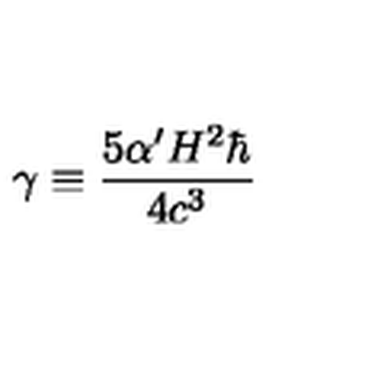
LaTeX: \gamma \equiv \frac { 5 \alpha ^ { \prime } H ^ { 2 } \hbar } { 4 c ^ { 3 } }